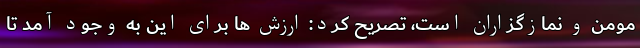
مومن و نمازگزاران است، تصریح کرد: ارزش ها برای این به وجود آمد تا